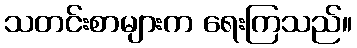
သတင်းစာများက ရေးကြသည်။